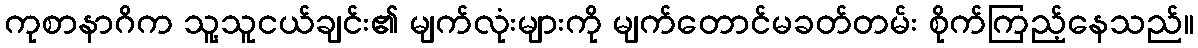
ကုစာနာဂိက သူ့သူငယ်ချင်း၏ မျက်လုံးများကို မျက်တောင်မခတ်တမ်း စိုက်ကြည့်နေသည်။